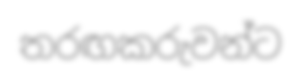
තරඟකරුවන්ට